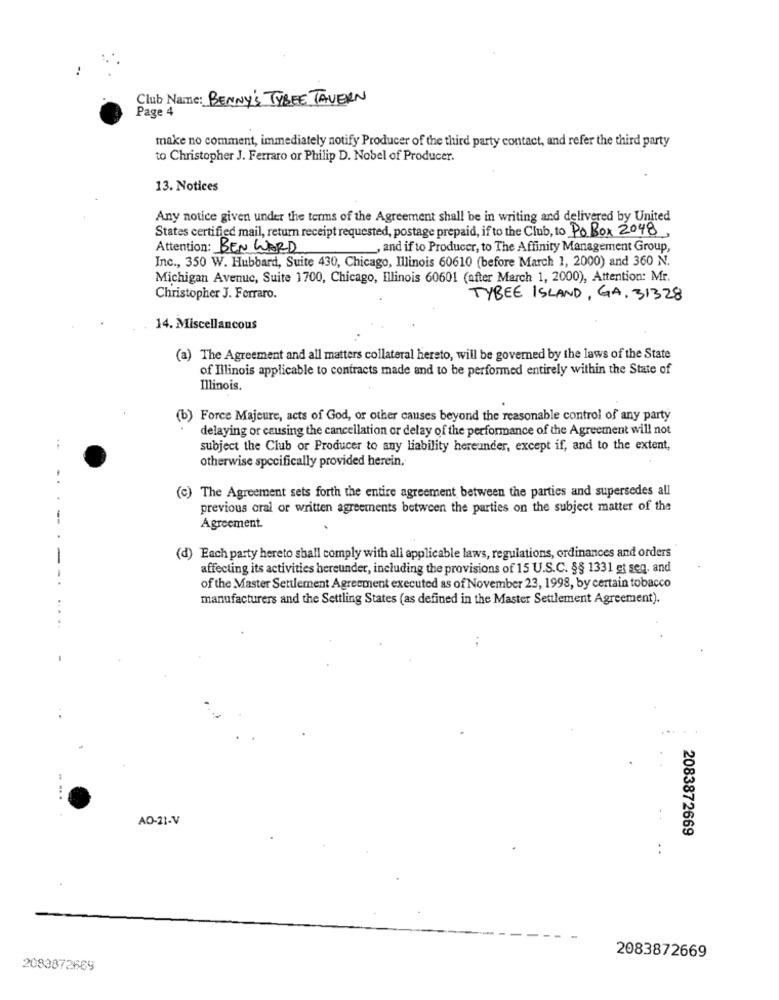
..
Club Name: BENNY'S TYBEE TAVERN
Page 4
make no comment, immediately notify Producer of the third party contact, and refer the third party
to Christopher J. Ferraro or Philip D. Nobel of Producer.
13. Notices
Any notice given under the terms of the Agreement shall be in writing and delivered by United
States certified mail, return receipt requested, postage prepaid, if to the Club, to Po Box 2048,
Attention: BEN WARD
, and if to Producer, to The Affinity Management Group,
Inc ., 350 W. Hubbard, Suite 430, Chicago, Illinois 60610 (before March 1, 2000) and 360 N.
Michigan Avenue, Suite 1700, Chicago, Illinois 60601 (after March 1, 2000), Attention: Mr.
Christopher J. Ferraro.
TYBEE ISLAND, GA, 31328
14. Miscellancous
(a) The Agreement and all matters collateral hereto, will be governed by the laws of the State
of Illinois applicable to contracts made and to be performed entirely within the State of
Illinois.
(b) Force Majeure, acts of God, or other causes beyond the reasonable control of any party
delaying or causing the cancellation or delay of the performance of the Agreement will not
subject the Club or Producer to any liability hereunder, except if, and to the extent,
otherwise specifically provided herein.
..
(c) The Agreement sets forth the entire agreement between the parties and supersedes all
previous oral or written agreements between the parties on the subject matter of the
--
Agreement.
(d) Each party hereto shall comply with all applicable laws, regulations, ordinances and orders
affecting its activities hereunder, including the provisions of 15 U.S.C. §§ 1331 et seq, and
of the Master Settlement Agreement executed as of November 23, 1998, by certain tobacco
manufacturers and the Settling States (as defined in the Master Settlement Agreement).
AO-21-V
- -
2083872669
2083872669
2083872669